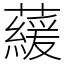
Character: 藧